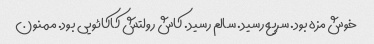
خوش مزه بود. سریع رسید. سالم رسید. کاش رولتش کاکائویی بود. ممنون